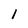
Character: 1